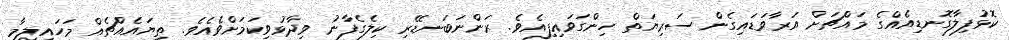
ކޮޅުފިލާގޮނޑިއެއްގެ މައްޗަށް އަރާވަޑައިގެން ސަރިޔަތް ހިންގަވައިފިއެވެ. ރަންނަބަނޑޭރި ކިލެގެފާނު ވިދާޅުވިކަމަށްވެއެވެ. ތިޔައެއްޗެއް މަހައިލީމާ